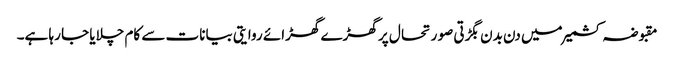
مقبوضہ کشمیر میں دن بدن بگڑتی صو ر تحا ل پر گھڑے گھڑائے روایتی بیانات سے کام چلایا جا رہا ہے۔